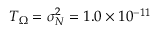
T _ { \Omega } = \sigma _ { N } ^ { 2 } = 1 . 0 \times 1 0 ^ { - 1 1 }